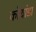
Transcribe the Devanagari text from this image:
कोथांडा